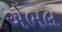
એભલ